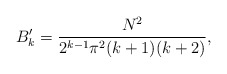
\begin{align*}B^\prime_k = { N^2 \over 2^{k-1} \pi^2 (k+1)(k+2) },\end{align*}